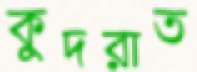
কুদরাত